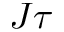
J \tau